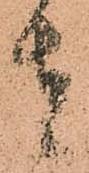
者